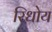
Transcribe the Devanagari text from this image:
रिधोय